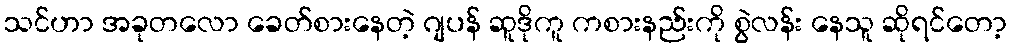
သင်ဟာ အခုတလော ခေတ်စားနေတဲ့ ဂျပန် ဆူဒိုကူ ကစားနည်းကို စွဲလန်း နေသူ ဆိုရင်တော့